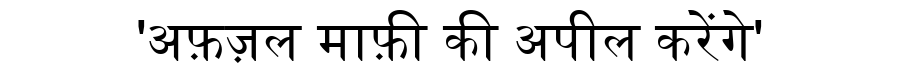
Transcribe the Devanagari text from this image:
'अफ़ज़ल माफ़ी की अपील करेंगे'